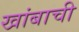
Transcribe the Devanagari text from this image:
खांबाची